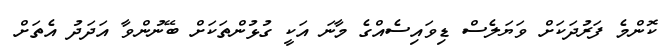
ކޮންމެ ފަރުދަކަށް ވަޔަލެސް ޑިވައިސެއްގެ މާނަ އަކީ ގުޅުންތަކަށް ބޭނުންވާ އަދަދު އެތަށް